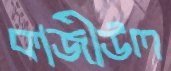
কাজীউল